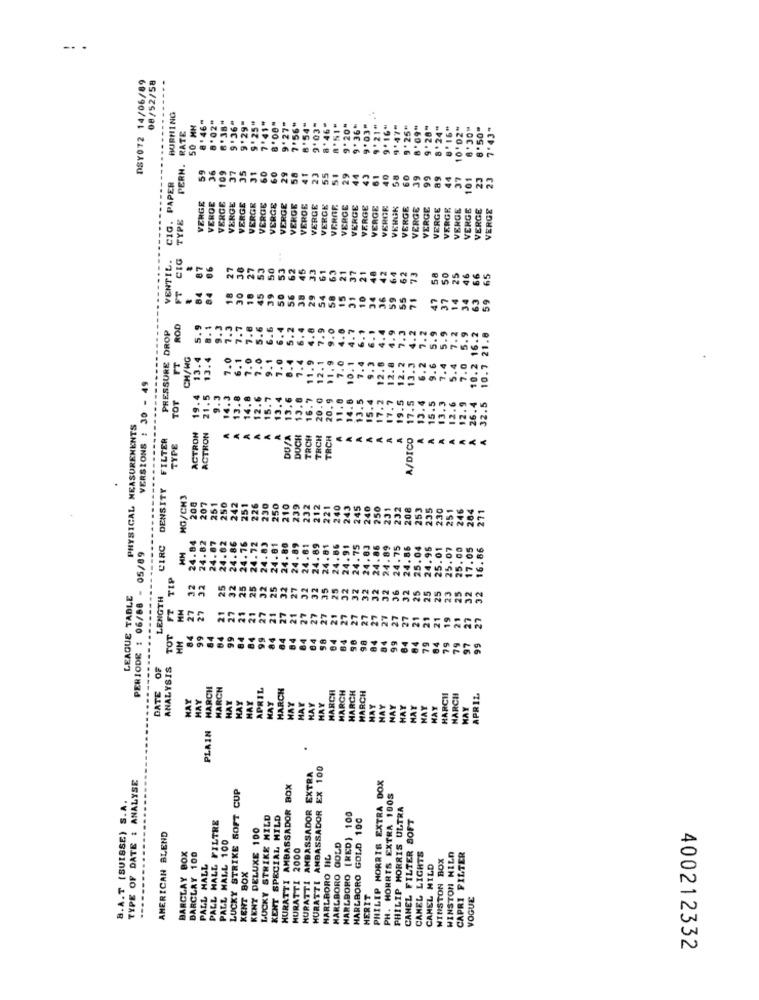
-.
DSY072 14/06/89
08/52/58
BURNING
8 '46"
RATE
50 MH
8'02"
6 .38"
S '36"
9'29"
9'25"
7 '41"
9'27"
7 '56"
8'54"
9'03"
8 ' 46"
9.20"
9'36"
9.03"
9 '21"
9' 16"
9'47"
9 '25'
8'09"
9 '28"
8'24"
8'16"
10'02"
8 '30"
8.50"
7'43"
PERN.
59
36
37
35
29
44
43
61
40
60
109
31
60
41
23
55
51
29
58
39
99
44
37
101
CIG. PAPER
VERGE
VEROE
VERGE
VERGE
VERGE
VERGE
VERGE
VERGE
VERGE
VERGE
VEROE
VERGE
VERGE
VERAF
VERGE
VERGE
VERGE
VERGE
VERGR
VERGR
VERGE
VERGE
VERGE
VERGE
VERGE
VERGE
VERGE
VERGE
VERGE
TYPE
VENTIL.
CIG
87
86
27
38
27
53
50
53
62
45
33
61
63
21
37
48
10 21
36 42
59 64
62
73
58
50
25
46
65
29
84
84
18
30
18
45
39
56
38
54
58
15
31
24
55
71
37
14
34
ROD
5.9
8.1
7.3
7.7
7.8
5.6
6.6
6.4
5.2
6. 4
4.8
7.9
9.0
4.0
4.7
4.9
4.2
7.2
PRESSURE DROP
4.4
7.3
5.9
5.9
7.2
5.9
10.2 16.2
10.7 21.8
CH/WG
13.4
13.4
7.0
6.1
7.0
7.0
9.1
7.0
8.4
7.4
11.9
12.1
11.9
7.0
10.1
9.3
5.4
FT
7.4
12.6
12.8
12.2
13.3
6.2
9.6
7.4
7.0
VERSIONS : 30 - 49
TOT
19.4
21.5
9.3
14.3
13.8
12.6
15.7
13.6
13.6
16.7
20.0
20.9
11.8
14.8
13.5
15.4
17.2
17.7
13.4
14.
13.
19.5
17.5
15.5
13.3
12.6
12.9
26.4
32.5
PHYSICAL MEASUREMENTS
FILTER
ACTRON
ACTRON
A
A
DU/A
TRCH
TRCH
A
A
A/DICO
A
A
A
A
TYPE
DENSITY
MG/CH3
208
207
251
250
242
251
226
230
250
210
239
232
212
221
240
243
245
250
231
232
208
253
35
230
246
271
24
251
CIRC
24.87
24.84
24.82
24.62
24.86
24.76
24.72
24.83
24.81
24.80
24.89
24.61
24.89
24.81
24.86
24.91
24.75
24.86
24.89
24.75
24.86
25.04
24.95
25.01
25.07
25.00
.05
16.86
PERIODE : 06/88 - 05/89
HM
24.
TIP
32
32
25
32
25
25
25
27 32
27
27 32
32
35
21 25
32
32
32
32
LEAGUE TABLE
LENGTH
32
25
25
25
23
25
FT
21
21
27
27
27
21
27
21
21
27
27
98 27
27
27
27
27
19
TOT
84
64
84
99
84
84
84
84
98
04
84
98
84
99
79
84
79
==
MH
DATE OF
ANALYSIS
HARCH
MARCH
APRIL
HARCH
MARCH
MARCH
HARCH
HAY
MAY
HAY
HAY
HARCH
MARCH
APRIL
HAY
HAY
HAY
HAY
HAY
HAY
HAY
MAY
HAY
HAT
HAY
HAY
MAY
PLAIN
MURATTI AMBASSADOR EXTRA
HURATTI AMBASSADOR EX 100
TYPE OF DATE : ANALYSE
LUCKY STRIKE SOFT CUP
HURATTI AMBASSADOR BOX
PHILIP MORRIS EXTRA DOX
B.A.T (SUISSE) S.A.
PH. HORRTS EXTRA 1005
PHILIP MORRIS ULTRA
PALL HALL FILTRE
LUCKY STRIKE HILD
KENT SPECIAL MILD
MARLBORO [RED) 100
MARLBORO GOLD 100
CAMEL FILTER SOFT
KENT DELUXE 100
AMERICAN BLEND
PALL MALL 100
MURATTI 2000
MARLBORO GOLD
BARCLAY BOX
BARCLAY 100
HARLAORO HIL
CANEL LIGHTS
WINSTON BOX
WINSTON HILD
CAPRI FILTER
PALL MALL
CAMEL MILD
KENT BOX
HERIT
VOGUE
400212332